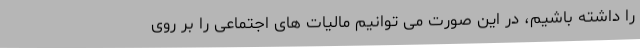
را داشته باشیم، در این صورت می توانیم مالیات های اجتماعی را بر روی